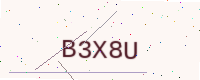
Text: B3X8U